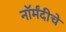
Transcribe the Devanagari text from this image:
नॉर्मंदीचे